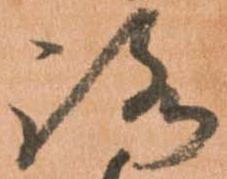
路